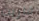
قاربت